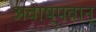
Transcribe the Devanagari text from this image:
अवाष्पवान्‌